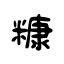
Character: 糠